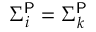
\Sigma _ { i } ^ { \mathsf { P } } = \Sigma _ { k } ^ { \mathsf { P } }